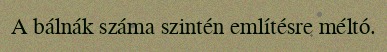
A bálnák száma szintén említésre méltó.